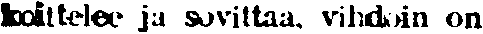
koittelee ja sovittaa, vihdoin on